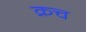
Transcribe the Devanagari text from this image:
क्रच